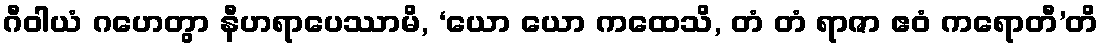
ဂီဝါယံ ဂဟေတွာ နီဟရာပေဿာမိ, ‘ယော ယော ကထေသိ, တံ တံ ရာဇာ ဧဝံ ကရောတီ’တိ